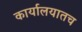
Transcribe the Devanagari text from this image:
कार्यालयातच